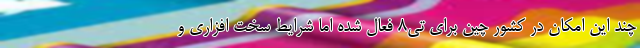
چند این امکان در کشور چین برای تی8 فعال شده اما شرایط سخت افزاری و